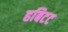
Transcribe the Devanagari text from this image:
हबिटट